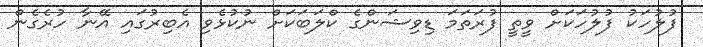
ފުލުހަކު ފުލުހަކަށް ވީތީ ފުރަތަމަ ޑިވިޝަންގެ ކްލަބަކަށް ނުކުޅެވި އެބިރުގައި އޭނާ ހުރެގެން